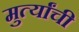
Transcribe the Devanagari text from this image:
मुर्त्यांची